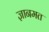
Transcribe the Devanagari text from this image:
ज्ञानमत